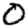
Digit: 0